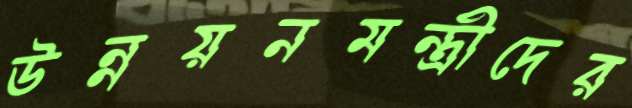
উন্নয়নমন্ত্রীদের